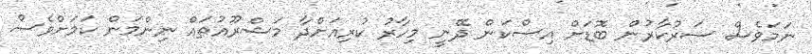
ނަމަވެސް ސަރުކާރުން ބޮޑަށް އިސްކަން ދޭނީ މިހާރު ކުރިއަށްދާ މަޝްރޫއުތައް ނިންމަން ކަމަށްވެސް